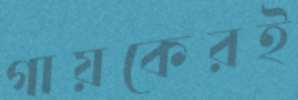
গায়কেরই